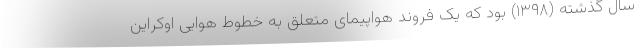
سال گذشته (۱۳۹۸) بود که یک فروند هواپیمای متعلق به خطوط هوایی اوکراین